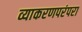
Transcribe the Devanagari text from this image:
व्याकरणपरंपरा